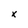
Character: x